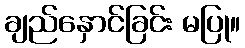
ချည်နှောင်ခြင်း မပြု။